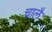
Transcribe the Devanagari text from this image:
चालै